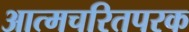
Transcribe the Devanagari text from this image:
आत्मचरितपरक